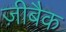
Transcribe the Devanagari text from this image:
ज़ीबैक